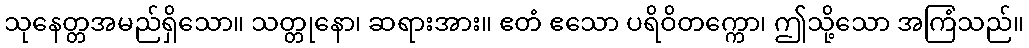
သုနေတ္တအမည်ရှိသော။ သတ္တုနော၊ ဆရားအား။ ဧတံ ဧသော ပရိဝိတက္ကော၊ ဤသို့သော အကြံသည်။